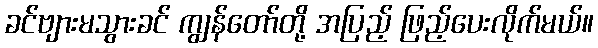
ခင်ဗျားမသွားခင် ကျွန်တော်တို့ အပြည့် ဖြည့်ပေးလိုက်မယ်။